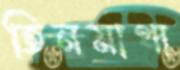
তিনমাথা